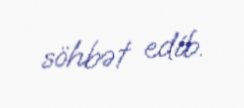
söhbət edib.